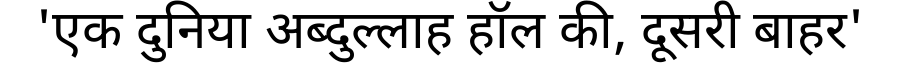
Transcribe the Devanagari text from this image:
'एक दुनिया अब्दुल्लाह हॉल की, दूसरी बाहर'